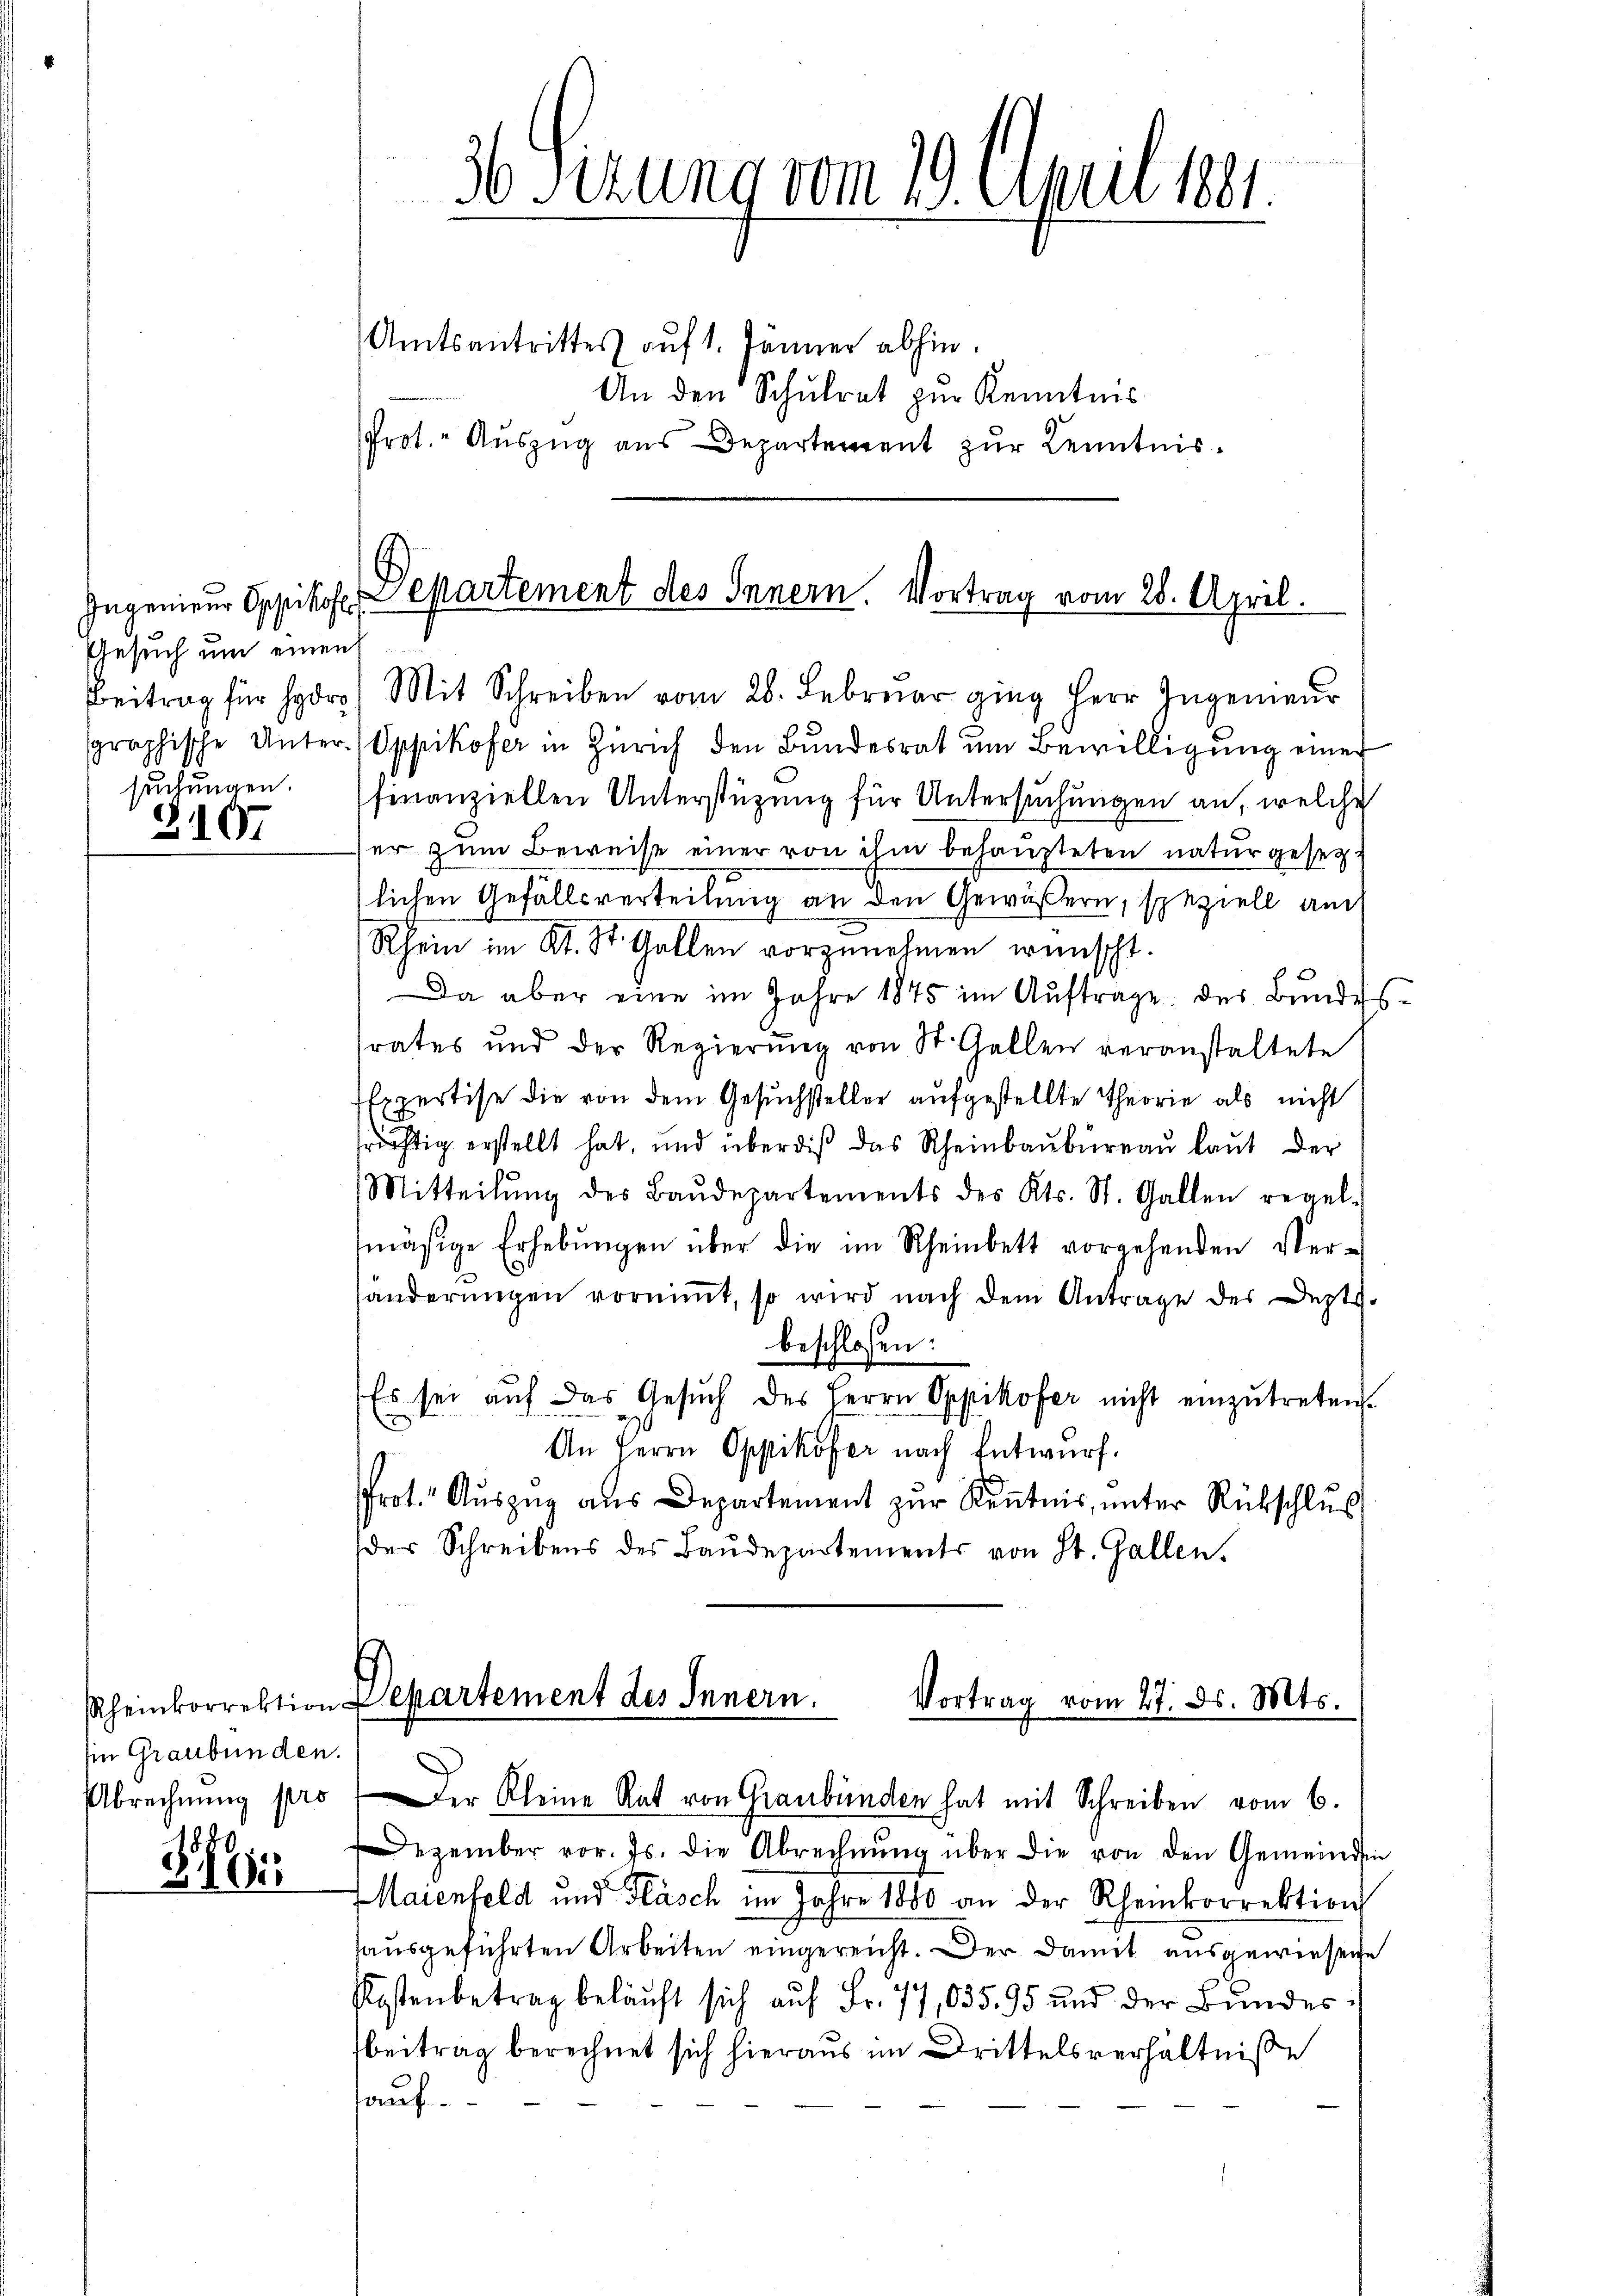
Ingenieur Oppikofer
Gesuch um einen
2107

Ein Graubünden.
Abrechnung pro

Z 161

36 Sizung vom 19. April 1891
Amtsantrittes auf 1. Jänner abhin.

An den Schulrat zur Kenntnis
Prot. Auszug aus Departement zur Kenntnis¬

Departement des Innern. Vortrag vom 28. April.

Beitrag für Hr. Mit Schreiben vom 28. Februar ging Herr Ingenieŭr
sgraphische Unter (Oppikofer in Zürich den Bŭndesrat ŭm Bewilligŭng einer
suchungen. Pfinanziellen Unterstüzung für Untersuchungen an, welche
er zum Beweise einer von ihm behaupteten natur gesetzt
lichen Gefällsverteilung an den Gewäßern, speziell au
Rhein im Kt. St. Gallen vorzunehmen wünscht.
Da aber eine im Jahre 1875 im Auftrage des Bundessrates und der Regierung von St. Gallen veranstaltete
Expertise die von dem Gesuchsteller aufgestellte Theorie als nicht
früchtig erstellt hat, und über dis das Rheinbaŭbüreaŭ laŭt der
Mitteilŭng des Baŭdepartements des Kts. St. Gallen regel-
mäsige Erhebungen über die im Rheinbett vorgehenden Verhänderungen vornimmt, so wird nach dem Antrage des Depts-
beschlossen:
Es sei auf das Gesuch des Herrn Oppikofer nicht einzutreten.
u
An Herrn Oppikofer nach Entwurf.
Prot. Auszug aus Departement zur Kenntnis, unter Rückschluß
der Schreibens des Baŭdepartements von St. Gallen.

Rheinkorrektion Departement des Innern.
Vortrag vom 27. ds. Mts.
Der Kleine Rat von Graubünden hat mit Schreiben vom 6.

Dezember vor. Js. die Abrechnŭng über die von den Gemeinden
Maienfeld und Fläsch im Jahre 1880 an der Rheinkorrektion
ausgeführten Arbeiten eingereicht. Der Damit ausgewiesene
Kostenbetrag beläuft sich aŭf Fr. 77,035. 95 und der Bŭndes-
beitrag berechnet sich hieraus im Drittelsverhältniße
auf.